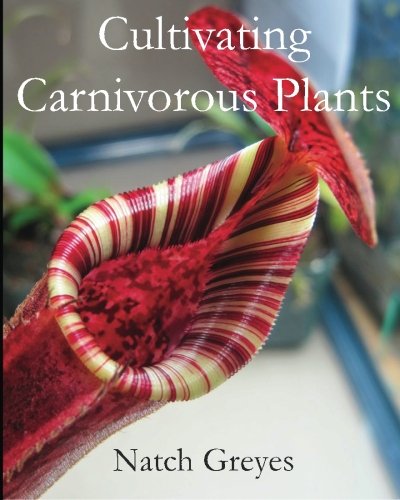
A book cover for Cultivating Carnivorous Plants; Natch Greyes; Crafts, Hobbies & Home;